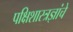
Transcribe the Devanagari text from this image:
पक्षिशास्त्रज्ञांचे